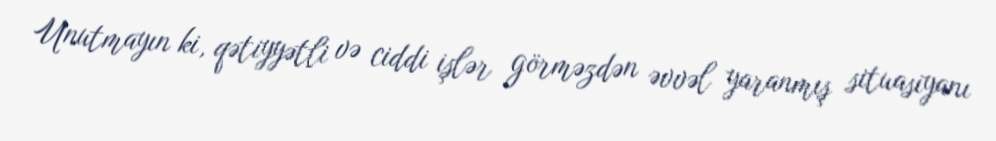
Unutmayın ki, qətiyyətli və ciddi işlər görməzdən əvvəl yaranmış situasiyanı